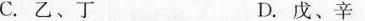
C.乙、丁 D.戊、辛